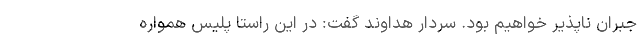
جبران ناپذیر خواهیم بود. سردار هداوند گفت: در این راستا پلیس همواره